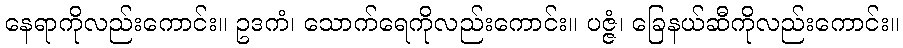
နေရာကိုလည်းကောင်း။ ဥဒကံ၊ သောက်ရေကိုလည်းကောင်း။ ပဇ္ဇံ၊ ခြေနယ်ဆီကိုလည်းကောင်း။